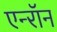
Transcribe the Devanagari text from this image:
एन्‍रॉन